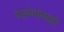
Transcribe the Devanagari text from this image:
प्रसंगांसाठी